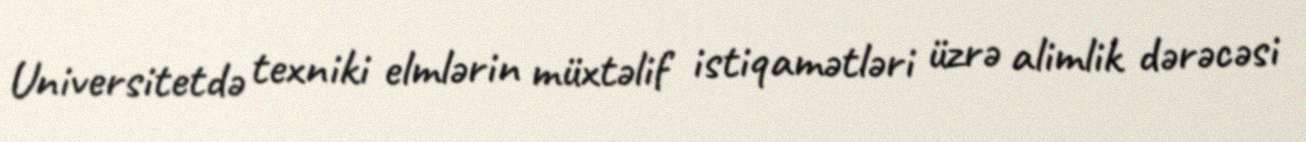
Universitetdə texniki elmlərin müxtəlif istiqamətləri üzrə alimlik dərəcəsi